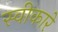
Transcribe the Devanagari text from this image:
स्‍वीकारे